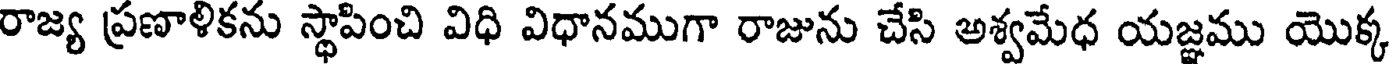
రాజ్య ప్రణాళికను స్థాపించి విధి విధానముగా రాజును చేసి అశ్వమేధ యజ్ఞము యొక్క